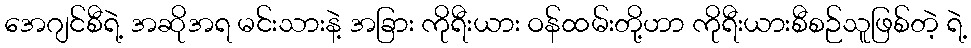
အေဂျင်စီရဲ့ အဆိုအရ မင်းသားနဲ့ အခြား ကိုရီးယား ဝန်ထမ်းတို့ဟာ ကိုရီးယားစီစဉ်သူဖြစ်တဲ့ ရဲ့